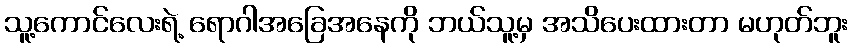
သူ့ကောင်လေးရဲ့ ရောဂါအခြေအနေကို ဘယ်သူ့မှ အသိပေးထားတာ မဟုတ်ဘူး